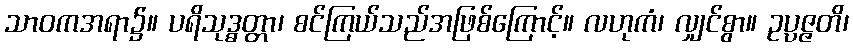
သာဝကအရာ၌။ ပရိသုဒ္ဓတ္တာ၊ စင်ကြယ်သည်အဖြစ်ကြောင့်။ လဟုကံ၊ လျှင်စွာ။ ဥပ္ပဇ္ဇတိ၊